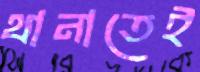
থানাতেই